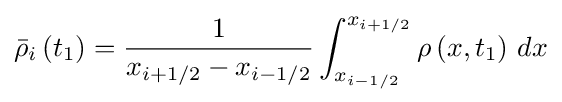
{\bar {\rho }}_{i}\left(t_{1}\right)={\frac {1}{x_{i+1/2}-x_{i-1/2}}}\int _{x_{i-1/2}}^{x_{i+1/2}}\rho \left(x,t_{1}\right)\,dx